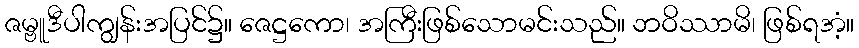
ဇမ္ဗူဒီပါကျွန်းအပြင်၌။ ဇေဋ္ဌကော၊ အကြီးဖြစ်သောမင်းသည်။ ဘဝိဿာမိ၊ ဖြစ်ရအံ့။